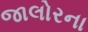
જાલોરના